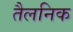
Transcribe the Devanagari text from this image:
तैलनिक